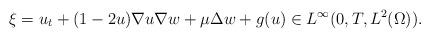
LaTeX: \begin{align*}\xi=u_{t}+(1-2u)\nabla u\nabla w+\mu\Delta w+g(u)\in L^{\infty}(0,T,L^{2}(\Omega)). \end{align*}